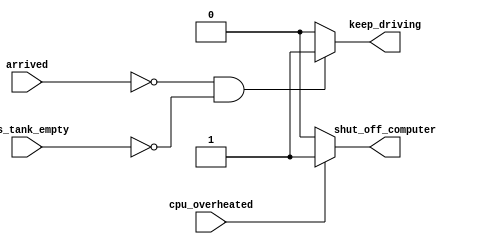
/*
AVOID INFERRED LATCHES: https://stackoverflow.com/questions/22459413/what-is-inferred-latch-and-how-it-is-created-when-it-is-missing-else-statement-i


*/


// synthesis verilog_input_version verilog_2001
module top_module (
    input      cpu_overheated,
    output reg shut_off_computer,
    input      arrived,
    input      gas_tank_empty,
    output reg keep_driving  ); //

    always @(*) begin
        if (cpu_overheated)
           shut_off_computer = 1;
        else
            shut_off_computer = 0;
    end

    always @(*) begin
        if (~arrived && ~gas_tank_empty)
            keep_driving = 1;
        else
            keep_driving = 0;
    end

endmodule